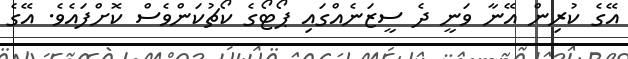
އޭގެ ކުރިން އޭނާ ވަނީ ދެ ސީޒަނެއްގައި ޕޯޓޯގެ ކޯޗުކަންވެސް ކޮށްފައެވެ. އޭގެ